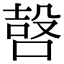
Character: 𠹢